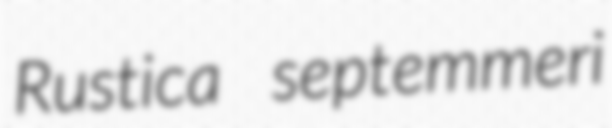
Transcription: Rustica septemmeri